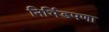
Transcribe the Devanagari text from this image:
निर्भिडपणा